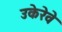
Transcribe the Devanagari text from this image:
उकेरेवे